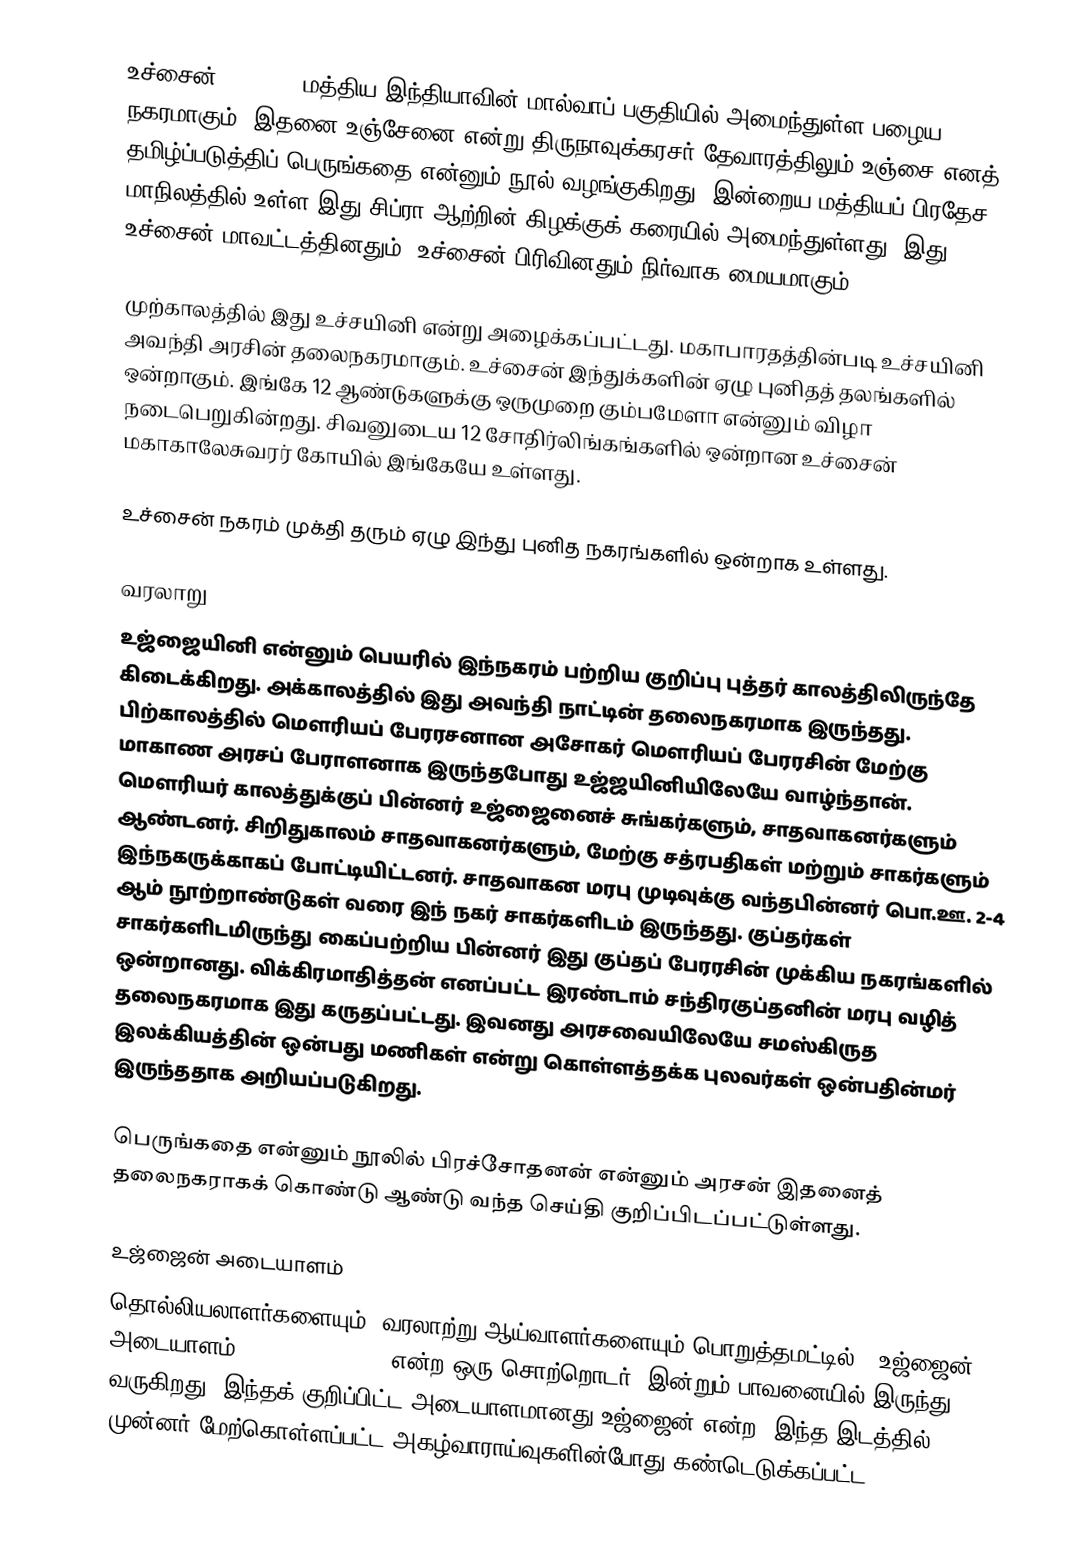
உச்சைன் (Ujjain) மத்திய இந்தியாவின் மால்வாப் பகுதியில் அமைந்துள்ள பழைய நகரமாகும். இதனை உஞ்சேனை என்று திருநாவுக்கரசர் தேவாரத்திலும் உஞ்சை  எனத் தமிழ்ப்படுத்திப் பெருங்கதை என்னும் நூல் வழங்குகிறது. இன்றைய மத்தியப் பிரதேச மாநிலத்தில் உள்ள இது சிப்ரா ஆற்றின் கிழக்குக் கரையில் அமைந்துள்ளது. இது உச்சைன் மாவட்டத்தினதும், உச்சைன் பிரிவினதும் நிர்வாக மையமாகும்.

முற்காலத்தில் இது உச்சயினி என்று அழைக்கப்பட்டது. மகாபாரதத்தின்படி உச்சயினி அவந்தி அரசின் தலைநகரமாகும். உச்சைன் இந்துக்களின் ஏழு புனிதத் தலங்களில் ஒன்றாகும். இங்கே 12 ஆண்டுகளுக்கு ஒருமுறை கும்பமேளா என்னும் விழா நடைபெறுகின்றது. சிவனுடைய 12 சோதிர்லிங்கங்களில் ஒன்றான உச்சைன் மகாகாலேசுவரர் கோயில் இங்கேயே உள்ளது.

உச்சைன் நகரம் முக்தி தரும் ஏழு இந்து புனித நகரங்களில் ஒன்றாக உள்ளது.

வரலாறு
உஜ்ஜையினி என்னும் பெயரில் இந்நகரம் பற்றிய குறிப்பு புத்தர் காலத்திலிருந்தே கிடைக்கிறது. அக்காலத்தில் இது அவந்தி நாட்டின் தலைநகரமாக இருந்தது. பிற்காலத்தில் மௌரியப் பேரரசனான அசோகர் மௌரியப் பேரரசின் மேற்கு மாகாண அரசப் பேராளனாக இருந்தபோது உஜ்ஜயினியிலேயே வாழ்ந்தான். மௌரியர் காலத்துக்குப் பின்னர் உஜ்ஜைனைச் சுங்கர்களும், சாதவாகனர்களும் ஆண்டனர். சிறிதுகாலம் சாதவாகனர்களும், மேற்கு சத்ரபதிகள் மற்றும்  சாகர்களும் இந்நகருக்காகப் போட்டியிட்டனர். சாதவாகன மரபு முடிவுக்கு வந்தபின்னர் பொ.ஊ. 2-4 ஆம் நூற்றாண்டுகள் வரை இந் நகர் சாகர்களிடம் இருந்தது. குப்தர்கள் சாகர்களிடமிருந்து கைப்பற்றிய பின்னர் இது குப்தப் பேரரசின் முக்கிய நகரங்களில் ஒன்றானது. விக்கிரமாதித்தன் எனப்பட்ட இரண்டாம் சந்திரகுப்தனின் மரபு வழித் தலைநகரமாக இது கருதப்பட்டது. இவனது அரசவையிலேயே சமஸ்கிருத இலக்கியத்தின் ஒன்பது மணிகள் என்று கொள்ளத்தக்க புலவர்கள் ஒன்பதின்மர் இருந்ததாக அறியப்படுகிறது.

பெருங்கதை என்னும் நூலில் பிரச்சோதனன் என்னும் அரசன் இதனைத் தலைநகராகக் கொண்டு ஆண்டு வந்த செய்தி குறிப்பிடப்பட்டுள்ளது.

உஜ்ஜைன் அடையாளம்
தொல்லியலாளர்களையும், வரலாற்று ஆய்வாளர்களையும் பொறுத்தமட்டில், ‘உஜ்ஜைன் அடையாளம்‘ (Ujjain symbol) என்ற ஒரு சொற்றொடர், இன்றும் பாவனையில் இருந்து வருகிறது. இந்தக் குறிப்பிட்ட அடையாளமானது உஜ்ஜைன் என்ற, இந்த இடத்தில் முன்னர் மேற்கொள்ளப்பட்ட அகழ்வாராய்வுகளின்போது கண்டெடுக்கப்பட்ட